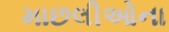
માછલીઓના